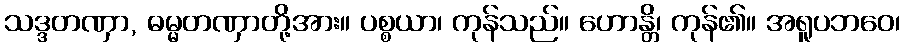
သဒ္ဒတဏှာ, ဓမ္မတဏှာတို့အား။ ပစ္စယာ၊ ကုန်သည်။ ဟောန္တိ၊ ကုန်၏။ အရူပဘဝေ၊